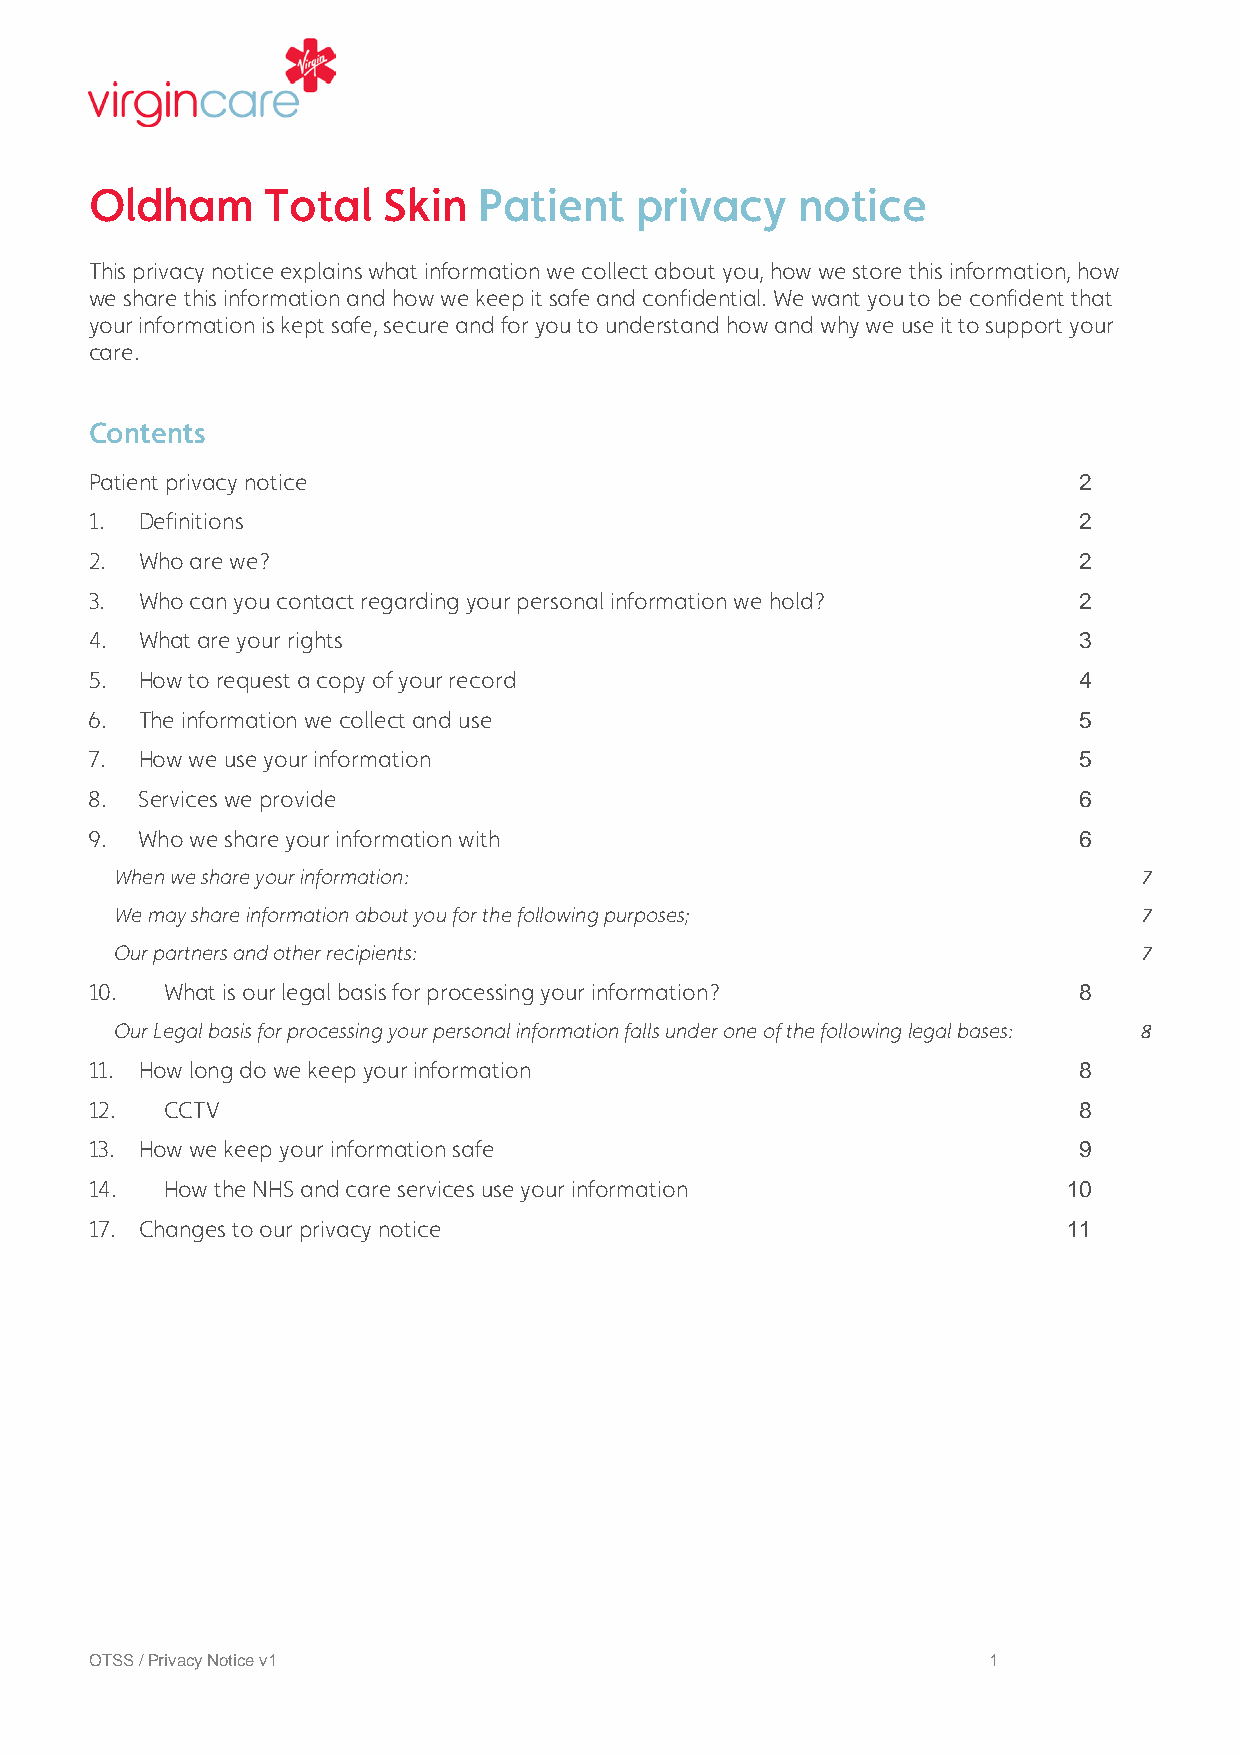
Oldham      Total  Skin   Patient   privacy    notice
 This privacy notice explains what information we collect about you, how we store this information, how
 we share this information and how we keep it safe and confidential. We want you to be confident that
 your information is kept safe, secure and for you to understand how and why we use it to support your
 care.
 Contents
 Patient privacy notice                                           2
 1. Definitions                                                   2
 2. Who are we?                                                   2
 3. Who can you contact regarding your personal information we hold? 2
 4. What are your rights                                          3
 5. How to request a copy of your record                          4
 6. The information we collect and use                            5
 7. How we use your information                                   5
 8. Services we provide                                           6
 9. Who we share your information with                            6
 When we share your information:                                    7
 We may share information about you for the following purposes;     7
 Our partners and other recipients:                                 7
 10.  What is our legal basis for processing your information?    8
 Our Legal basis for processing your personal information falls under one of the following legal bases: 8
 11. How long do we keep your information                         8
 12.  CCTV                                                        8
 13. How we keep your information safe                            9
 14.  How the NHS and care services use your information          10
 17. Changes to our privacy notice                                11
 OTSS / Privacy Notice v1                                   1